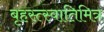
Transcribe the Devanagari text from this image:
बृहस्त्स्वातिमित्र